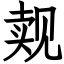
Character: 觌